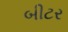
બીટર